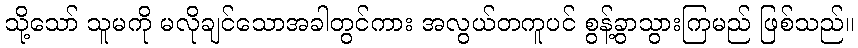
သို့သော် သူမကို မလိုချင်သောအခါတွင်ကား အလွယ်တကူပင် စွန့်ခွာသွားကြမည် ဖြစ်သည်။